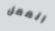
الممل